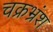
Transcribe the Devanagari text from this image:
चक्रभ्रंश